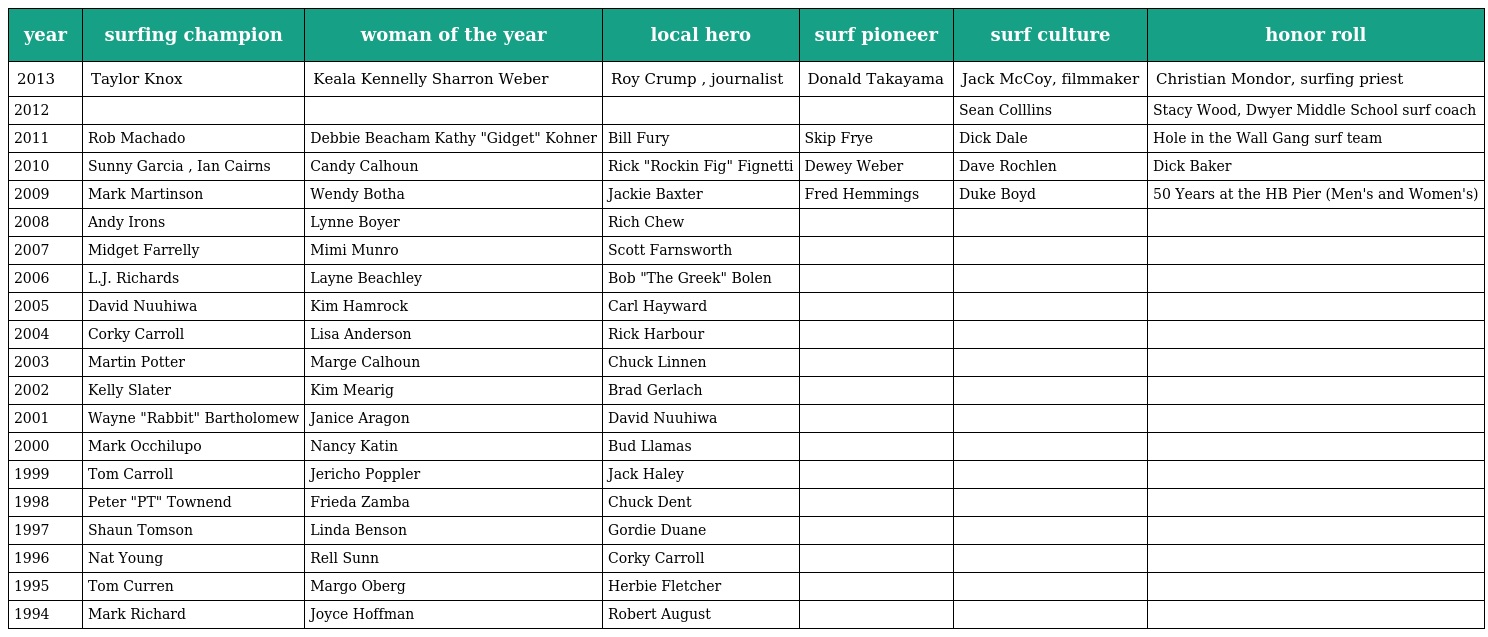
| year | surfing champion | woman of the year | local hero | surf pioneer | surf culture | honor roll |
 | --- | --- | --- | --- | --- | --- | --- |
 | 2013 | Taylor Knox | Keala Kennelly Sharron Weber | Roy Crump , journalist | Donald Takayama | Jack McCoy, filmmaker | Christian Mondor, surfing priest |
 | 2012 |  |  |  |  | Sean Colllins | Stacy Wood, Dwyer Middle School surf coach |
 | 2011 | Rob Machado | Debbie Beacham Kathy "Gidget" Kohner | Bill Fury | Skip Frye | Dick Dale | Hole in the Wall Gang surf team |
 | 2010 | Sunny Garcia , Ian Cairns | Candy Calhoun | Rick "Rockin Fig" Fignetti | Dewey Weber | Dave Rochlen | Dick Baker |
 | 2009 | Mark Martinson | Wendy Botha | Jackie Baxter | Fred Hemmings | Duke Boyd | 50 Years at the HB Pier (Men's and Women's) |
 | 2008 | Andy Irons | Lynne Boyer | Rich Chew |  |  |  |
 | 2007 | Midget Farrelly | Mimi Munro | Scott Farnsworth |  |  |  |
 | 2006 | L.J. Richards | Layne Beachley | Bob "The Greek" Bolen |  |  |  |
 | 2005 | David Nuuhiwa | Kim Hamrock | Carl Hayward |  |  |  |
 | 2004 | Corky Carroll | Lisa Anderson | Rick Harbour |  |  |  |
 | 2003 | Martin Potter | Marge Calhoun | Chuck Linnen |  |  |  |
 | 2002 | Kelly Slater | Kim Mearig | Brad Gerlach |  |  |  |
 | 2001 | Wayne "Rabbit" Bartholomew | Janice Aragon | David Nuuhiwa |  |  |  |
 | 2000 | Mark Occhilupo | Nancy Katin | Bud Llamas |  |  |  |
 | 1999 | Tom Carroll | Jericho Poppler | Jack Haley |  |  |  |
 | 1998 | Peter "PT" Townend | Frieda Zamba | Chuck Dent |  |  |  |
 | 1997 | Shaun Tomson | Linda Benson | Gordie Duane |  |  |  |
 | 1996 | Nat Young | Rell Sunn | Corky Carroll |  |  |  |
 | 1995 | Tom Curren | Margo Oberg | Herbie Fletcher |  |  |  |
 | 1994 | Mark Richard | Joyce Hoffman | Robert August |  |  |  |